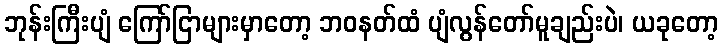
ဘုန်းကြီးပျံ ကြော်ငြာများမှာတော့ ဘဝနတ်ထံ ပျံလွန်တော်မူချည်းပဲ၊ ယခုတော့